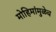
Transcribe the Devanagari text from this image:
मोहिमांमुळेच